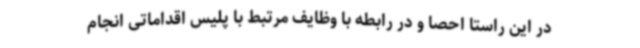
در این راستا احصا و در رابطه با وظایف مرتبط با پلیس اقداماتی انجام